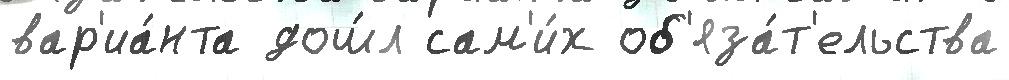
вар'иа́нта дош́л сам'и́х об'яза́т'ельства